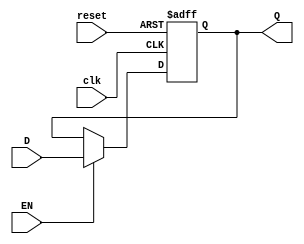
module FlipF(input wire clk, reset, EN,
            input wire D,
            output reg Q);

always @ (posedge clk or posedge reset)begin
  if (reset) begin
      Q <= 1'b0;
      end
  else if (EN) begin
      Q <= D;
      end
  end

endmodule


module FlipFT(input wire clk, reset, EN,
              output wire Q1);

    wire D;
    not (D, Q1);
    FlipF  a1(clk, reset, EN, D, Q1);

endmodule